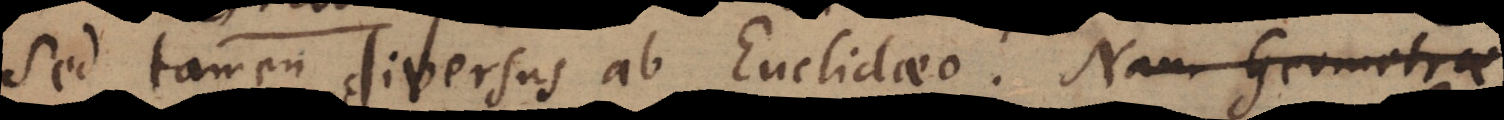
sed tamen diversus ab Euclidaeo. Nam Geometrae